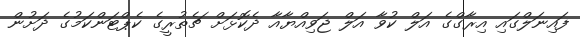
ފައިނަލްގައި އިރާގްގެ އަލް ކުވާ އަލް ޖަވިއްޔާއާ ދެކޮޅަށް ޗެތުރީގެ ކެޕްޓަންކަމުގެ ދަށުން